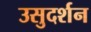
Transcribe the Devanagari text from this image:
उसुदर्शन